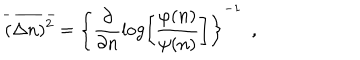
\overline { { { ( \Delta n ) ^ { 2 } } } } = \left\{ \frac { \partial } { \partial n } \log \left[ \frac { \varphi ( n ) } { \psi ( n ) } \right] \right\} ^ { - 1 } \ \ ,